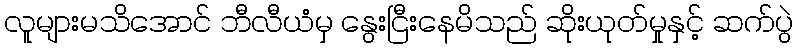
လူများမသိအောင် ဘီလီယံမှ နွေးငြီးနေမိသည် ဆိုးယုတ်မှုနှင့် ဆက်ပွဲ